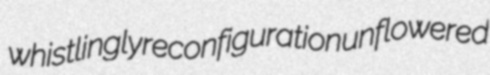
whistlingly reconfiguration unflowered